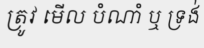
ត្រូវ មើល បំណាំ ឬ ទ្រង់